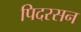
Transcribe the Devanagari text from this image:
पिदरसन